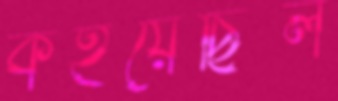
কইয়েছিল